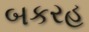
બકરહ